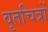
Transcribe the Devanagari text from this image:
वृतचित्रों